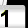
Digit: 1